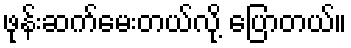
ဖုန်းဆက်မေးတယ်လို့ ပြောတယ်။